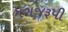
મગજરૂપી